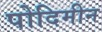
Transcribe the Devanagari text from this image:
पोदिमीन